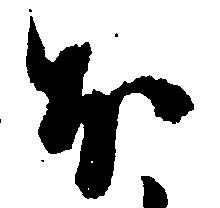
ほ